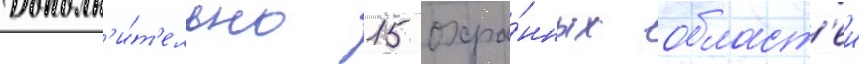
Дополн'и́т'ельно 15 охра́нных област'еи